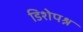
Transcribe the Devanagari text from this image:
डिशेपश्न